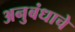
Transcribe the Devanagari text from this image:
अनुबंधाचे